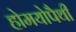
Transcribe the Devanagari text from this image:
होमयोपैथी